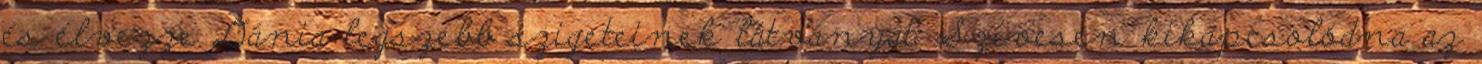
és élvezze Dánia legszebb szigeteinek látványát Szívesen kikapcsolódna az